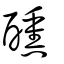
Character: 醺